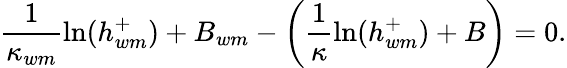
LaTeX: \frac{1}{\kappa_{wm}}\ln(h_{wm}^{+})+B_{wm}-\left(\frac{1}{\kappa}\ln(h_{wm}^{+})+B\right)=0.